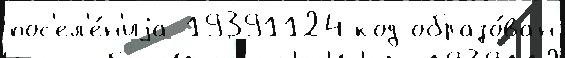
пос'ел'е́н'иjа 19391124 код образо́ван